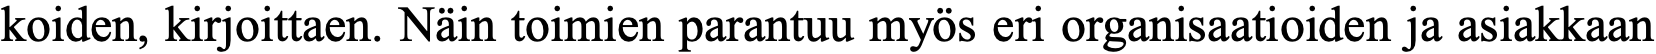
koiden, kirjoittaen. Näin toimien parantuu myös eri organisaatioiden ja asiakkaan